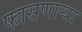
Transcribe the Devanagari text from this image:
फासणार्‍या